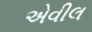
એવીલ